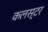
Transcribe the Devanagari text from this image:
कलस्टर